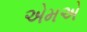
એમએ